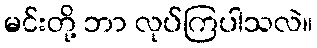
မင်းတို့ ဘာ လုပ်ကြပါသလဲ။